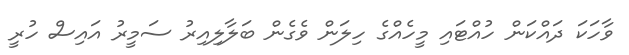
ވާހަކަ ދައްކަން ހުއްޓައި މީހެއްގެ ހިލަން ވެގެން ބަލާލިއިރު ސަމީރު އައިސް ހުރީ